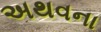
અથવના